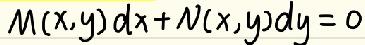
\[M(x,y)dx + N(x,y)dy = 0\]